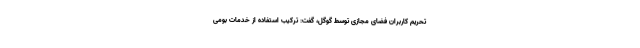
تحریم کاربران فضای مجازی توسط گوگل، گفت: ترکیب استفاده از خدمات بومی